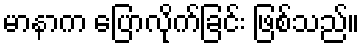
မာနာက ပြောလိုက်ခြင်း ဖြစ်သည်။